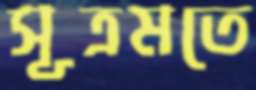
সূত্রমতে